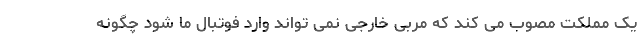
یک مملکت مصوب می کند که مربی خارجی نمی تواند وارد فوتبال ما شود چگونه